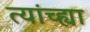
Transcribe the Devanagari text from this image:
त्यांच्ह्या